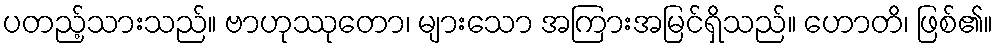
ပတည့်သားသည်။ ဗာဟုဿုတော၊ များသော အကြားအမြင်ရှိသည်။ ဟောတိ၊ ဖြစ်၏။